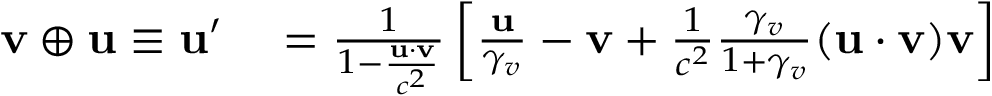
\begin{array} { r l } { \mathbf { v } \oplus \mathbf { u } \equiv \mathbf { u } ^ { \prime } } & { { } = { \frac { 1 } { 1 - { \frac { \mathbf { u } \cdot \mathbf { v } } { c ^ { 2 } } } } } \left[ { \frac { \mathbf { u } } { \gamma _ { v } } } - \mathbf { v } + { \frac { 1 } { c ^ { 2 } } } { \frac { \gamma _ { v } } { 1 + \gamma _ { v } } } ( \mathbf { u } \cdot \mathbf { v } ) \mathbf { v } \right] } \end{array}